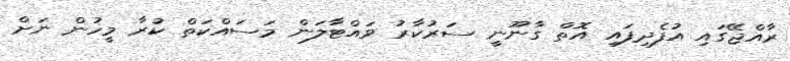
ރާއްޖޭގައި އުފެދިފައި އޮތް ގާނޫނީ ސަރުކާރު ވައްޓާލަން މަސައްކަތް ކުރާ މީހުން ނަށް